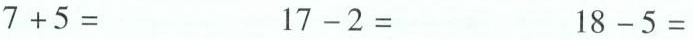
$$7 + 5 =$$ $$1 7 - 2 =$$ $$1 8 - 5 =$$